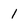
Character: 1